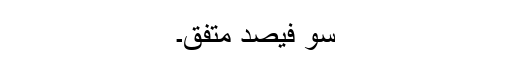
سو فیصد متفق۔